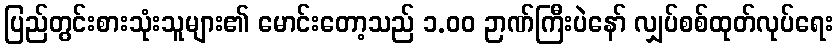
ပြည်တွင်းစားသုံးသူများ၏ မောင်းတော့သည် ၁.၀၀ ဉာဏ်ကြီးပဲနော် လျှပ်စစ်ထုတ်လုပ်ရေး